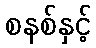
စနစ်နှင့်